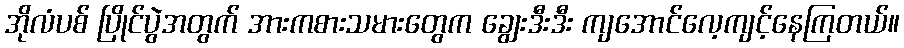
အိုလံပစ် ပြိုင်ပွဲအတွက် အားကစားသမားတွေက ချွေးဒီးဒီး ကျအောင်လေ့ကျင့်နေကြတယ်။